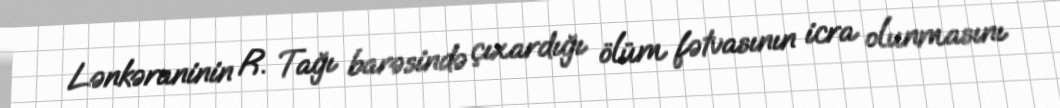
Lənkəraninin R. Tağı barəsində çıxardığı ölüm fətvasının icra olunmasını